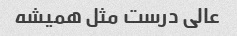
عالی درست مثل همیشه